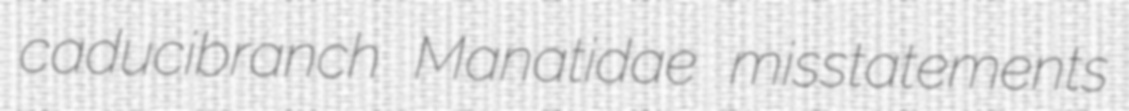
caducibranch Manatidae misstatements